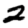
Digit: 2